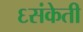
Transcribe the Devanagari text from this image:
६संकेती